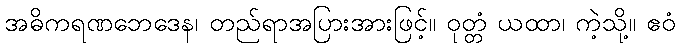
အဓိကရဏဘေဒေန၊ တည်ရာအပြားအားဖြင့်။ ဝုတ္တံ ယထာ၊ ကဲ့သို့။ ဧဝံ